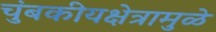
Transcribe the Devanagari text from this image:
चुंबकीयक्षेत्रामुळे